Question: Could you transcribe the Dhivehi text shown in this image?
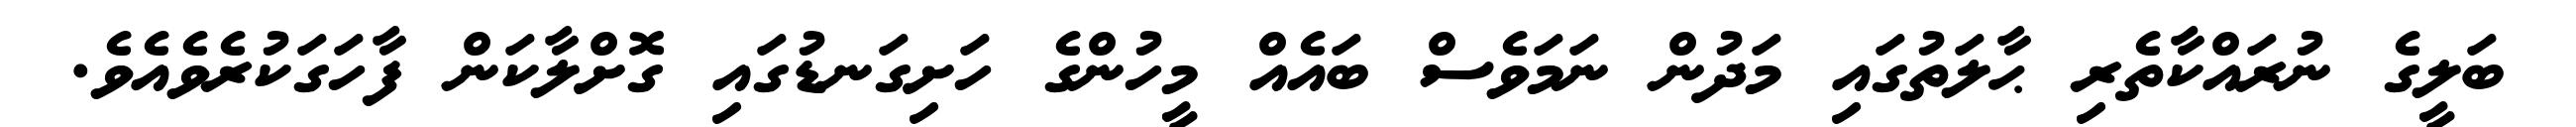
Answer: ބަލީގެ ނުރައްކާތެރި ޙާލަތުގައި މަދުން ނަމަވެސް ބައެއް މީހުންގެ ހަށިގަނޑުގައި ގޮށްލާކަން ފާހަގަކުރެވެއެވެ.